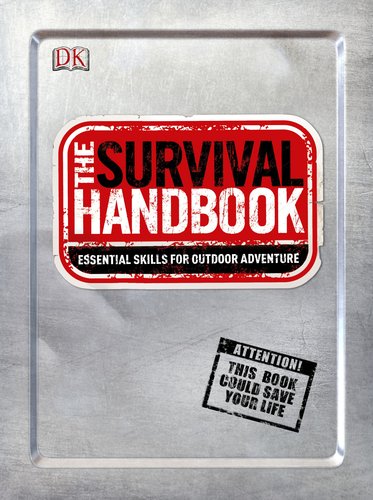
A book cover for The Survival Handbook: Essential Skills for Outdoor Adventure; DK Publishing; Reference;